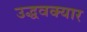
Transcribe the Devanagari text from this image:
उद्धवक्यार